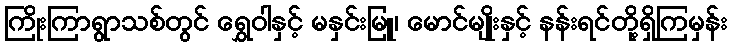
ကြိုးကြာရွာသစ်တွင် ရွှေဝါနှင့် မနှင်းမြူ၊ မောင်မျိုးနှင့် နန်းရင်တို့ရှိကြမှန်း